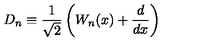
D _ { n } \equiv \frac { 1 } { \sqrt { 2 } } \left( W _ { n } ( x ) + \frac { d } { d x } \right)